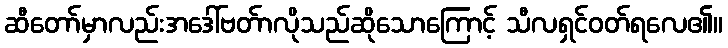
ဆီတော်မှာလည်းအဒေါ်ဗတ်ာလိုသည်ဆိုသောကြောင့် သီလရှင်ဝတ်ရလေ၏။